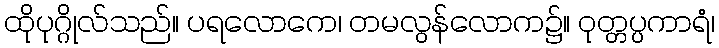
ထိုပုဂ္ဂိုလ်သည်။ ပရလောကေ၊ တမလွန်လောက၌။ ဝုတ္တပ္ပကာရံ၊